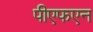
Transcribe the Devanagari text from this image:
पीएफएन